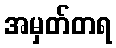
အမှတ်တရ